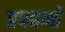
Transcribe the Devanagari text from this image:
प्रपद्यन्ते